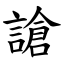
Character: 謒